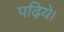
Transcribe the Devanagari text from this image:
पढ़िये।